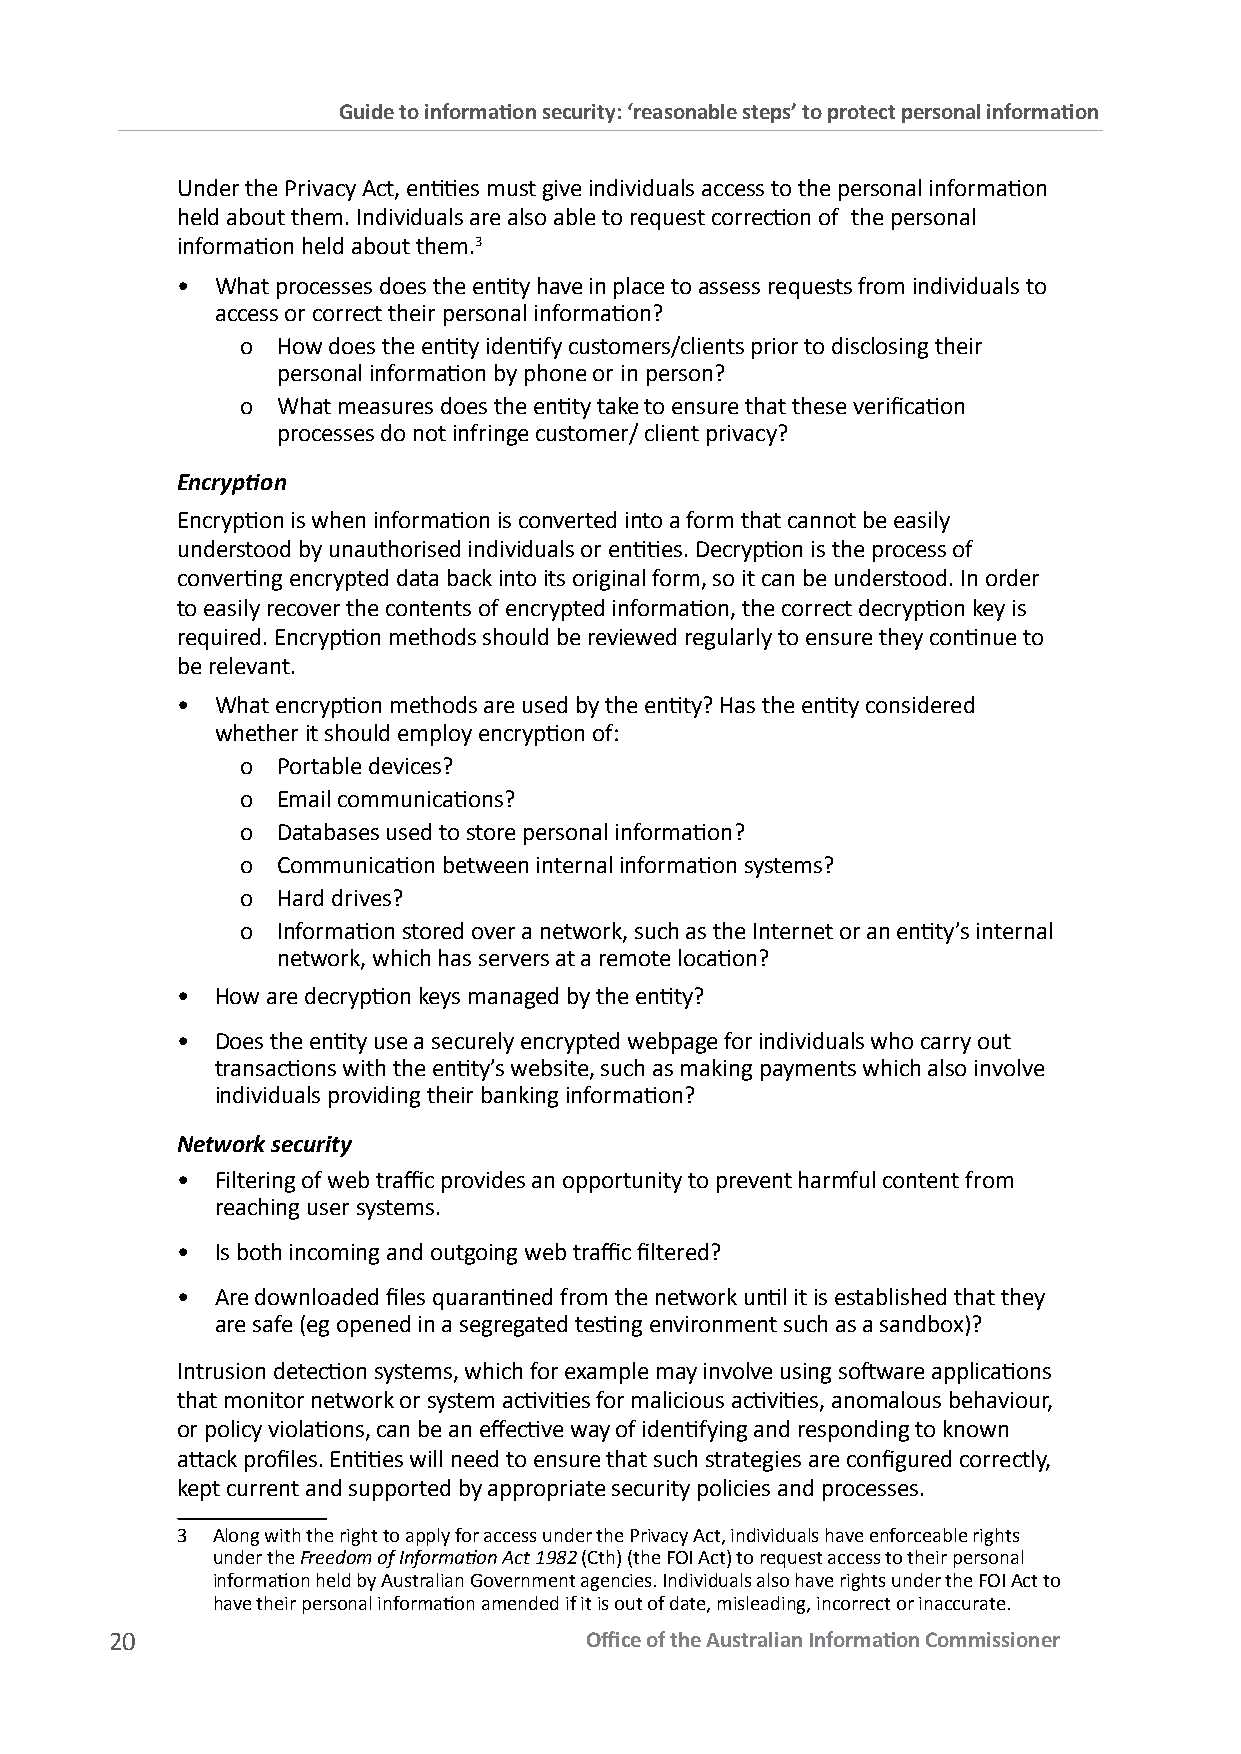
Guide to information security: ‘reasonable steps’ to protect personal information
 Under the Privacy Act, entities must give individuals access to the personal information
 held about them. Individuals are also able to request correction of the personal
 information held about them.3
 • What processes does the entity have in place to assess requests from individuals to
 access or correct their personal information?
 o How does the entity identify customers/clients prior to disclosing their
 personal information by phone or in person?
 o What measures does the entity take to ensure that these verification
 processes do not infringe customer/ client privacy?
 Encryption
 Encryption is when information is converted into a form that cannot be easily
 understood by unauthorised individuals or entities. Decryption is the process of
 converting encrypted data back into its original form, so it can be understood. In order
 to easily recover the contents of encrypted information, the correct decryption key is
 required. Encryption methods should be reviewed regularly to ensure they continue to
 be relevant.
 • What encryption methods are used by the entity? Has the entity considered
 whether it should employ encryption of:
 o Portable devices?
 o Email communications?
 o Databases used to store personal information?
 o Communication between internal information systems?
 o Hard drives?
 o Information stored over a network, such as the Internet or an entity’s internal
 network, which has servers at a remote location?
 • How are decryption keys managed by the entity?
 • Does the entity use a securely encrypted webpage for individuals who carry out
 transactions with the entity’s website, such as making payments which also involve
 individuals providing their banking information?
 Network security
 • Filtering of web traffic provides an opportunity to prevent harmful content from
 reaching user systems.
 • Is both incoming and outgoing web traffic filtered?
 • Are downloaded files quarantined from the network until it is established that they
 are safe (eg opened in a segregated testing environment such as a sandbox)?
 Intrusion detection systems, which for example may involve using software applications
 that monitor network or system activities for malicious activities, anomalous behaviour,
 or policy violations, can be an effective way of identifying and responding to known
 attack profiles. Entities will need to ensure that such strategies are configured correctly,
 kept current and supported by appropriate security policies and processes.
 3 Along with the right to apply for access under the Privacy Act, individuals have enforceable rights
 under the Freedom of Information Act 1982 (Cth) (the FOI Act) to request access to their personal
 information held by Australian Government agencies. Individuals also have rights under the FOI Act to
 have their personal information amended if it is out of date, misleading, incorrect or inaccurate.
 20                              Office of the Australian Information Commissioner